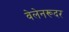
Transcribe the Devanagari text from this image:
वेलेनरूदर